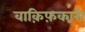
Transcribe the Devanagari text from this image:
वाक़िफ़कारी